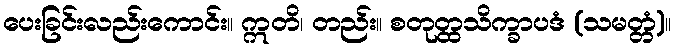
ပေးခြင်းလည်းကောင်း။ ဣတိ၊ တည်း။ စတုတ္ထသိက္ခာပဒံ (သမတ္တံ)။